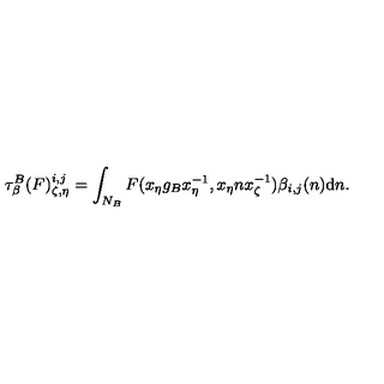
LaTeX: \tau _ { \beta } ^ { B } ( F ) _ { \zeta , \eta } ^ { i , j } = \int _ { N _ { B } } F ( x _ { \eta } g _ { B } x _ { \eta } ^ { - 1 } , x _ { \eta } n x _ { \zeta } ^ { - 1 } ) \beta _ { i , j } ( n ) \mathrm { d } n .